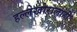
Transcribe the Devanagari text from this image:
हल्लेखोरालाही